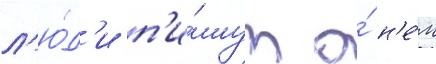
л'ю́д'и п'и́шут о́ н'е́м